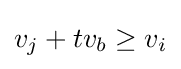
v_{j}+tv_{b}\geq v_{i}